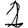
Digit: 1